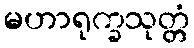
မဟာရုက္ခသုတ္တံ